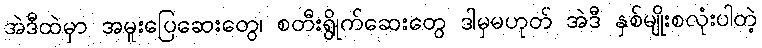
အဲဒီထဲမှာ အမူးပြေဆေးတွေ၊ စတီးရွိုက်ဆေးတွေ ဒါမှမဟုတ် အဲဒီ နှစ်မျိုးစလုံးပါတဲ့